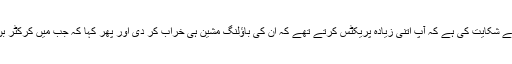
نجی ٹی وی سے گفتگو کے دوران فخر زمان سے سوال کیا گیا کہ آپ کے نیوی کوچ نے شکایت کی ہے کہ آپ اتنی زیادہ پریکٹس کرتے تھے کہ ان کی باﺅلنگ مشین ہی خراب کر دی اور پھر کہا کہ جب میں کرکٹر بن جاﺅں گا تو آپ کو نئی مشین دلوا دوں گا، تو کیا انہیں نئی مشین لے کر دے رہے ہیں؟